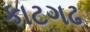
કાટગઢ